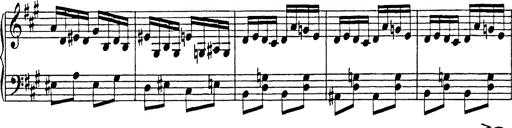
Title: Hungarian Rhapsody No.18
Composer: Franz Liszt
Key: F-sharp minor